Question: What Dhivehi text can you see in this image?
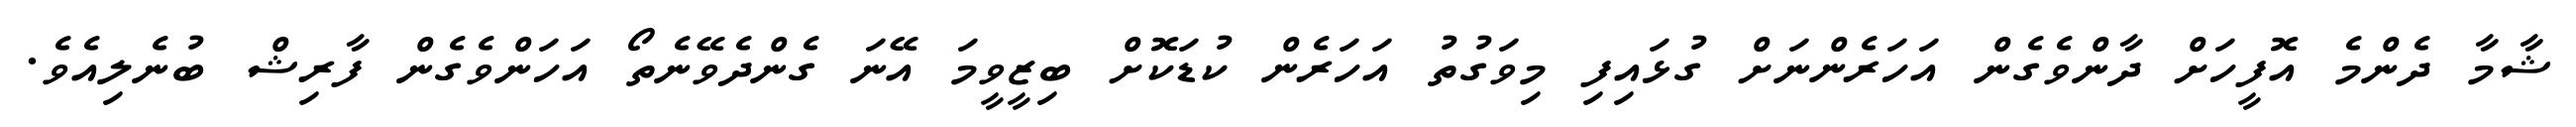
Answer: ޝާމާ ދެންމެ އޮފީހަށް ދާންވެގެން އަހަރެންނަށް ގުޅައިފި މިވަގުތު އަހަރެން ކުޑަކޮށް ބިޒީވީމަ އޭނަ ގެންދެވޭނެތޯ އަހަންވެގެން ފާރިޝް ބުނެލިއެވެ.